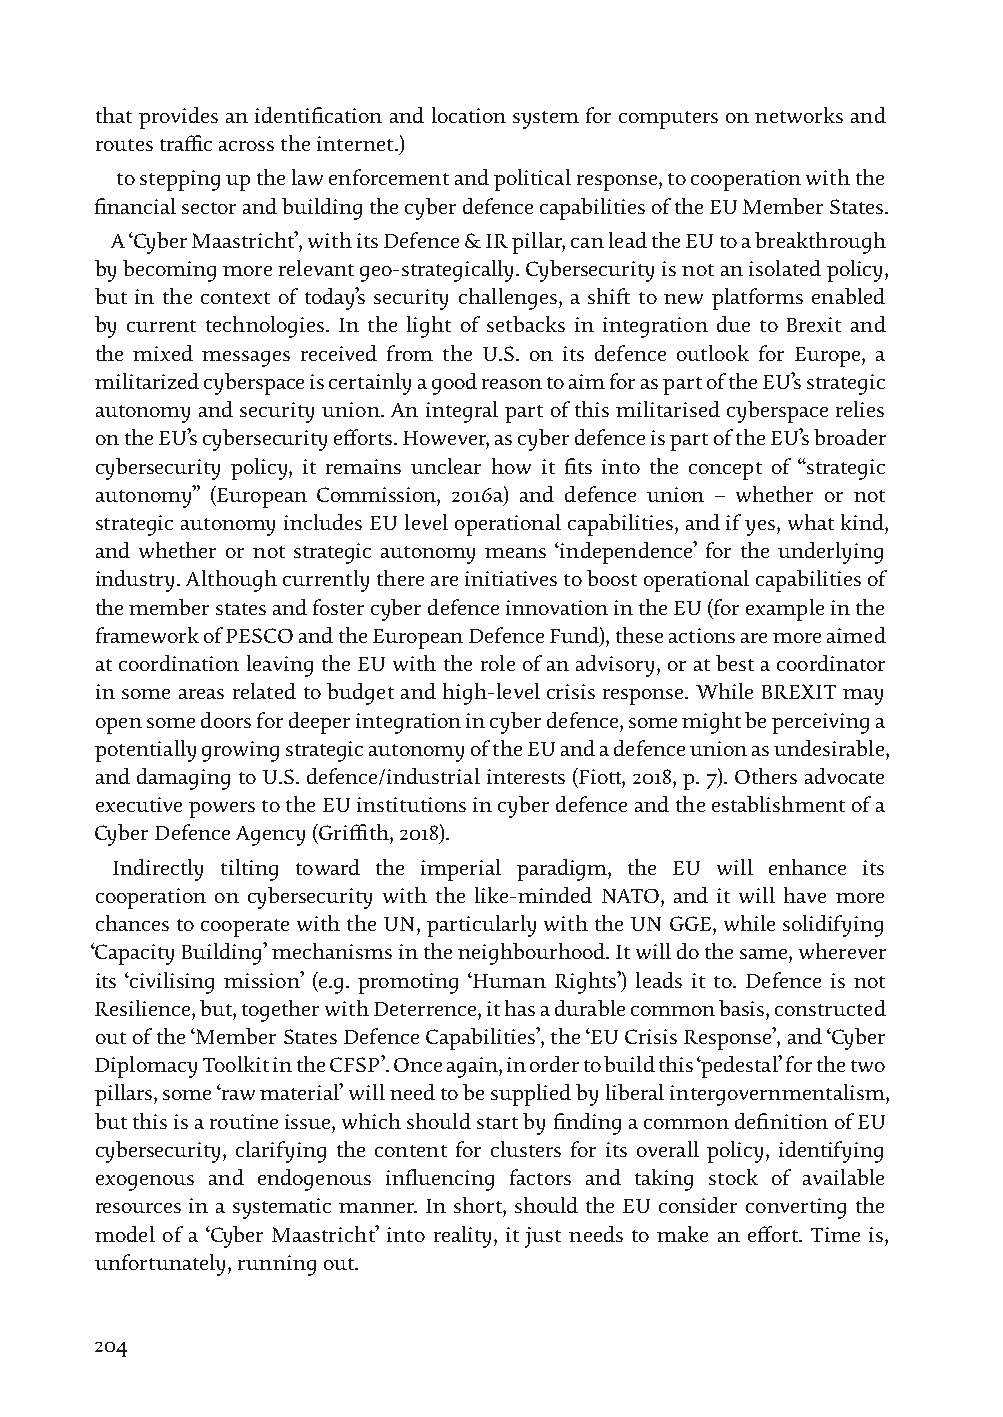
that provides an identification and location system for computers on networks and
 routes traffic across the internet.)
 to stepping up the law enforcement and political response, to cooperation with the
 financial sector and building the cyber defence capabilities of the EU Member States.
 A ‘Cyber Maastricht’, with its Defence & IR pillar, can lead the EU to a breakthrough
 by becoming more relevant geo-strategically. Cybersecurity is not an isolated policy,
 but in the context of today’s security challenges, a shift to new platforms enabled
 by current technologies. In the light of setbacks in integration due to Brexit and
 the mixed messages received from the U.S. on its defence outlook for Europe, a
 militarized cyberspace is certainly a good reason to aim for as part of the EU’s strategic
 autonomy and security union. An integral part of this militarised cyberspace relies
 on the EU’s cybersecurity efforts. However, as cyber defence is part of the EU’s broader
 cybersecurity policy, it remains unclear how it fits into the concept of “strategic
 autonomy” (European Commission, 2016a) and defence union – whether or not
 strategic autonomy includes EU level operational capabilities, and if yes, what kind,
 and whether or not strategic autonomy means ‘independence’ for the underlying
 industry. Although currently there are initiatives to boost operational capabilities of
 the member states and foster cyber defence innovation in the EU (for example in the
 framework of PESCO and the European Defence Fund), these actions are more aimed
 at coordination leaving the EU with the role of an advisory, or at best a coordinator
 in some areas related to budget and high-level crisis response. While BREXIT may
 open some doors for deeper integration in cyber defence, some might be perceiving a
 potentially growing strategic autonomy of the EU and a defence union as undesirable,
 and damaging to U.S. defence/industrial interests (Fiott, 2018, p. 7). Others advocate
 executive powers to the EU institutions in cyber defence and the establishment of a
 Cyber Defence Agency (Griffith, 2018).
 Indirectly tilting toward the imperial paradigm, the EU will enhance its
 cooperation on cybersecurity with the like-minded NATO, and it will have more
 chances to cooperate with the UN, particularly with the UN GGE, while solidifying
 ‘Capacity Building’ mechanisms in the neighbourhood. It will do the same, wherever
 its ‘civilising mission’ (e.g. promoting ‘Human Rights’) leads it to. Defence is not
 Resilience, but, together with Deterrence, it has a durable common basis, constructed
 out of the ‘Member States Defence Capabilities’, the ‘EU Crisis Response’, and ‘Cyber
 Diplomacy Toolkit in the CFSP’. Once again, in order to build this ‘pedestal’ for the two
 pillars, some ‘raw material’ will need to be supplied by liberal intergovernmentalism,
 but this is a routine issue, which should start by finding a common definition of EU
 cybersecurity, clarifying the content for clusters for its overall policy, identifying
 exogenous and endogenous influencing factors and taking stock of available
 resources in a systematic manner. In short, should the EU consider converting the
 model of a ‘Cyber Maastricht’ into reality, it just needs to make an effort. Time is,
 unfortunately, running out.
 204